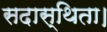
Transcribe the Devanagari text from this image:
सदास्थिता।